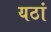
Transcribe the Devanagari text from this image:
यठां